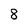
Character: 8